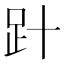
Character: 𧾽